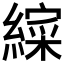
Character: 𮉁